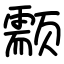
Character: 颥